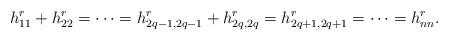
LaTeX: \begin{align*}h_{11}^r+h_{22}^r=\cdots=h_{2q-1,2q-1}^r+h_{2q,2q}^r=h_{2q+1,2q+1}^r=\cdots=h_{nn}^r.\end{align*}